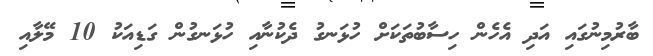
ބާރުމިނުގައި އަދި އެހެން ހިސާބުތަކަށް ހުޅަނގު ދެކުނާއި ހުޅަނގުން ގަޑިއަކު 10 މޭލާއި